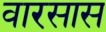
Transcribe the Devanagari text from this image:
वारसास